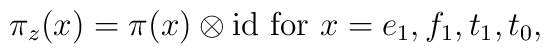
\pi_z(x)=\pi(x)\otimes{\rm id} \mbox{ for $x=e_1,f_1,t_1,t_0$},